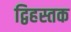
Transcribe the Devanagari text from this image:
द्विहस्तक